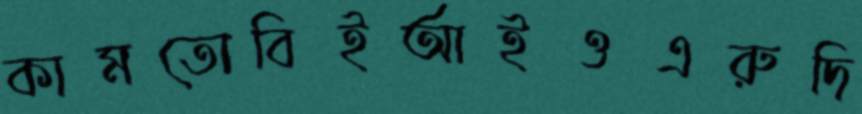
কামতোবিইআইওএরুদি